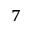
^ { 7 }